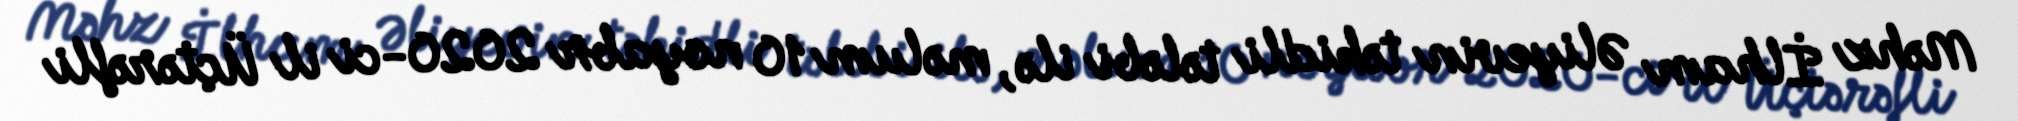
Məhz İlham Əliyevin təkidli tələbi ilə, məlum 10 noyabr 2020-ci il Üçtərəfli